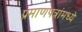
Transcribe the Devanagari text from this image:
प्रमाणपत्रांमध्ये